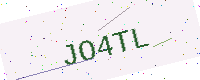
Text: JO4TL